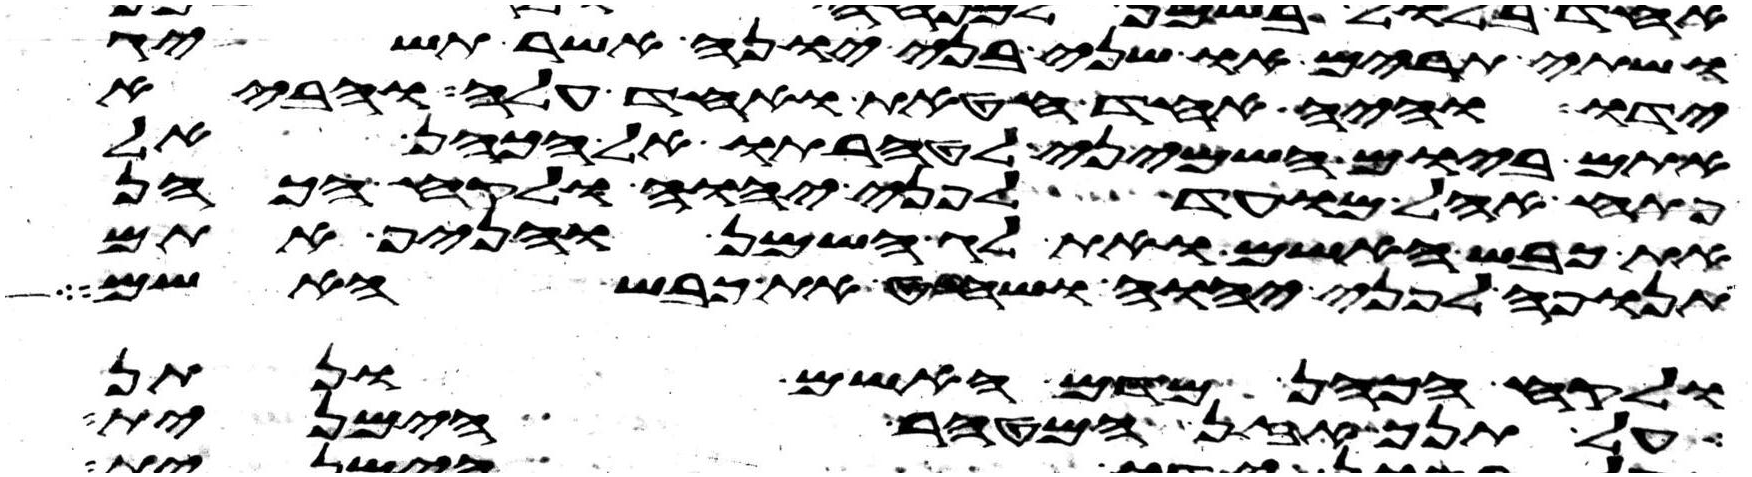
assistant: ושתי תרים או שני בני יונה אשר תשיג
ידו והיה אחד חטאת ואחד עלה והביא
אתם ביום השמיני לטהרתו אל הכהן אל
פתח אהל מועד לפני יהוה ולקח הכהן
את כבש האשם ואת לג השמן והניף אתם
תנופה לפני יהוה ושחט את כבש האשם
ולקח הכהן מדם האשם ונתן
על תנך אזן המטהר הימנית